Scottish Leaving Certificate Examination, 1961
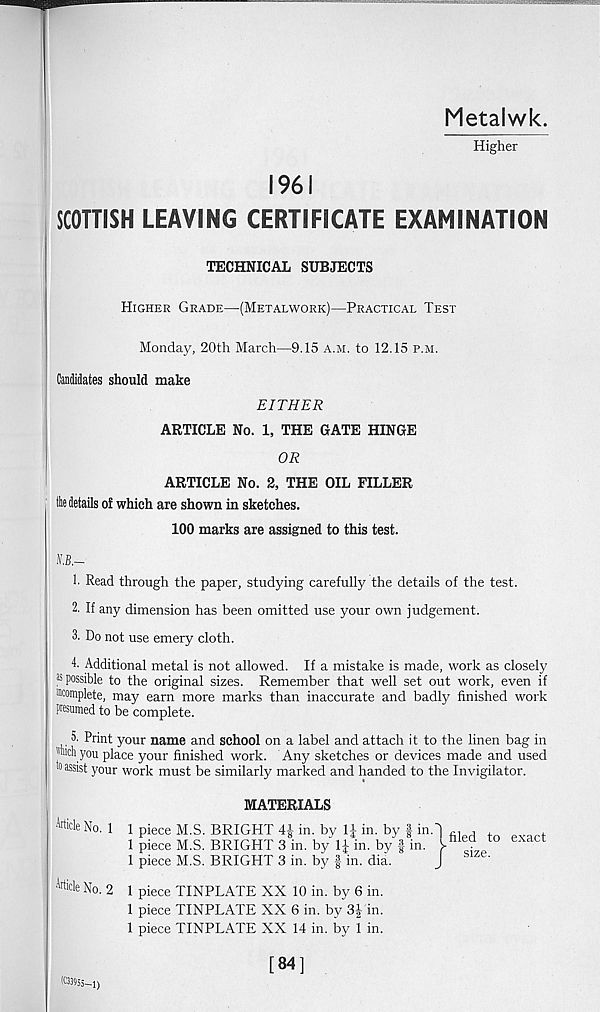
Metalwk.
Higher
1961
SCOTTISH LEAVING CERTIFICATE EXAMINATION
TECHNICAL SUBJECTS
Higher Grade—(Metalwork)—Practical Test
Monday, 20th March—9.15 a.m. to 12.15 p.m.
Candidates should make
EITHER
ARTICLE No. 1, THE GATE HINGE
OR
ARTICLE No. 2, THE OIL FILLER
tlie details of which are shown in sketches.
100 marks are assigned to this test.
1. Read through the paper, studying carefully the details of the test.
2. If any dimension has been omitted use your own judgement.
3. Do not use emery cloth.
h Additional metal is not allowed. If a mistake is made, work as closely
35 possible to the original sizes. Remember that well set out work, even if
Complete, may earn more marks than inaccurate and badly finished work
presumed to be complete.
5- Print your name and school on a label and attach it to the linen bag in
''Inch you place your finished work. Any sketches or devices made and used
0 assis t your work must be similarly marked and handed to the Invigilator.
MATERIALS
Art ide No. 1 1 piece M.S. BRIGHT 4J in. by 1| in. by f in.
1 piece M.S. BRIGHT 3 in. by 1J in. by § in.
1 piece M.S. BRIGHT 3 in. by § in. dia.
Article No. 2 1 piece TINPLATE XX 10 in. by 6 in.
1 piece TINPLATE XX 6 in. by 3f in.
1 piece TINPLATE XX 14 in. by 1 in.
filed to exact
size.
(03955-1)
[84]